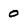
Character: 0